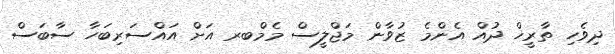
ދިވެހި ތާރީޚް ދުއް އެންމެ ޒުވާން މަޖްލީސް މެމްބރ އަށް އައްސަރިބަހާ ސާބަސް